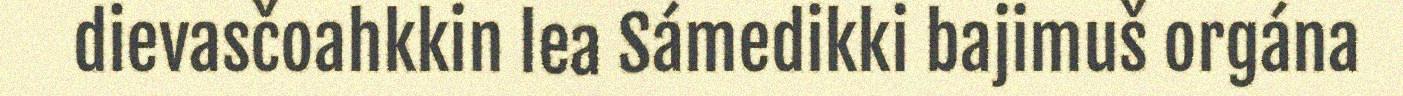
dievasčoahkkin lea Sámedikki bajimuš orgána